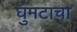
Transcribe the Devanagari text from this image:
घुमटाचा